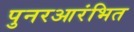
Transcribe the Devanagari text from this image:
पुनरआरंभित